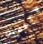
متفقين